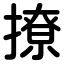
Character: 撩